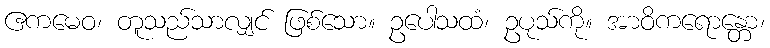
ဧကမေဝ၊ တူသည်သာလျှင် ဖြစ်သော။ ဥပေါသထံ၊ ဥပုသ်ကို။ အာဝိကရောန္တော၊